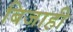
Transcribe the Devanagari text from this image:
बिजाही